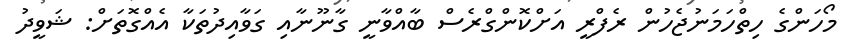
މޯހަންގެ ހިތްހަމަނުޖެހުން ރެފްރީ އަށްކޮންގްރެސް ބާއްވާނީ ގާނޫނާއި ގަވާއިދުތަކާ އެއްގޮތަށް: ޝަވީދު